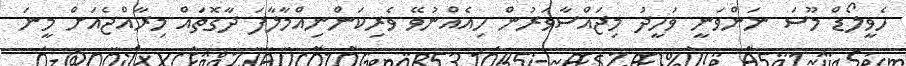
ހެވީލޯޑް މޫސަ ނަންވަނީ ވަހީދު މިޖައްސާވަރުން ހިއެއްނުވޭ ވެރިކަންނިއްމާލާފަ ދާގޮތައް މިރާއްޖެއަށް މީނަ